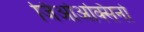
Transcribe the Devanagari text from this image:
जिओअक्सिनो